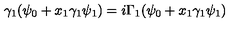
\gamma _ { 1 } ( \psi _ { 0 } + x _ { 1 } \gamma _ { 1 } \psi _ { 1 } ) = i \Gamma _ { 1 } ( \psi _ { 0 } + x _ { 1 } \gamma _ { 1 } \psi _ { 1 } )